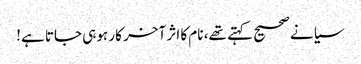
سیانے صحیح کہتے تھے، نام کا اثر آخر کار ہوہی جاتا ہے!